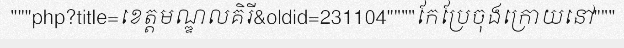
"""php?title=ខេត្តមណ្ឌលគិរី&oldid=231104""""កែប្រែចុងក្រោយនៅ"""